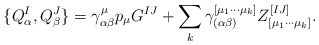
\begin{align*}\{Q^I_\alpha,Q^J_\beta\}=\gamma^\mu_{\alpha\beta}p_\mu G^{IJ} +\sum\limits_{k} \gamma^{[\mu_1\cdots\mu_k]}_{(\alpha \beta)}Z^{[IJ]}_{[\mu_1\cdots \mu_k]}.\end{align*}